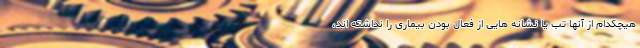
هیچکدام از آنها تب یا نشانه هایی از فعال بودن بیماری را نداشته اند،